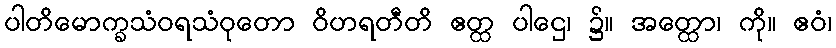
ပါတိမောက္ခသံဝရသံဝုတော ဝိဟရတီတိ ဧတ္ထ ပါဌေ၊ ၌။ အတ္ထော၊ ကို။ ဧဝံ၊